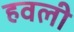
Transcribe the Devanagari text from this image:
हवली